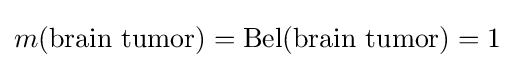
m({\text{brain tumor}})=\operatorname {Bel} ({\text{brain tumor}})=1